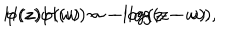
H ( z ) H ( w ) \sim - \log ( z - w ) , \hspace { 1 c m } \varphi ( z ) \varphi ( w ) \sim - \log ( z - w ) .